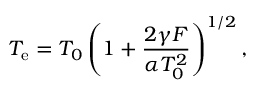
T _ { \mathrm { e } } = T _ { 0 } \left( 1 + \frac { 2 \gamma F } { \alpha T _ { 0 } ^ { 2 } } \right) ^ { 1 / 2 } ,